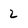
Character: 2